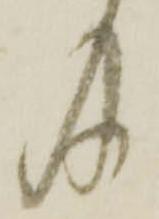
及